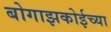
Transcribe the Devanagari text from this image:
बोगाझकोईच्या